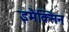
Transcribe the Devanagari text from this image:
इमैक्सिन